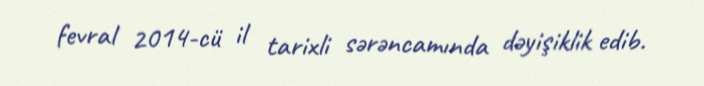
fevral 2014-cü il tarixli sərəncamında dəyişiklik edib.